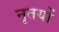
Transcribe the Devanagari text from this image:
नृतयों